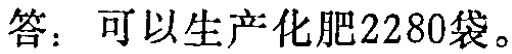
答：可以生产化肥2280袋。